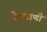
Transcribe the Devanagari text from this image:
रेलवाणी